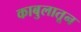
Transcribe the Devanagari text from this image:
काबुलातून